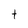
Character: t